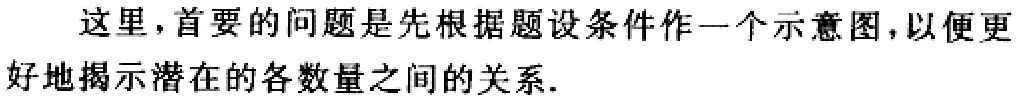
这里，首要的问题是先根据题设条件作一个示意图，以便更好地揭示潜在的各数量之间的关系.